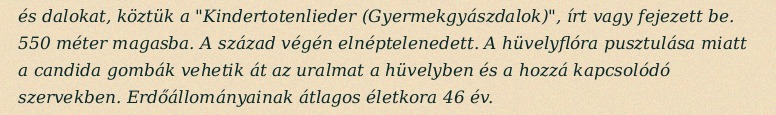
és dalokat, köztük a "Kindertotenlieder (Gyermekgyászdalok)", írt vagy fejezett be. 550 méter magasba. A század végén elnéptelenedett. A hüvelyflóra pusztulása miatt a candida gombák vehetik át az uralmat a hüvelyben és a hozzá kapcsolódó szervekben. Erdőállományainak átlagos életkora 46 év.